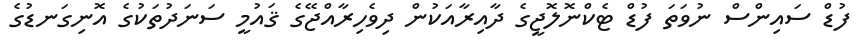
ފުޑް ސައިންސް ނުވަތަ ފުޑް ޓެކްނޮލޮޖީގެ ދާއިރާއަކުން ދިވެހިރާއްޖޭގެ ޤައުމީ ސަނަދުތަކުގެ އޮނިގަނޑުގެ